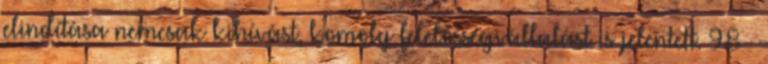
elindítása nemcsak kihívást, komoly felelôsségvállalást is jelentett. 98 —